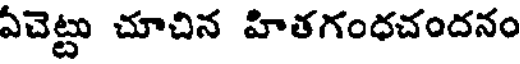
ఏచెట్టు చూచిన హితగంధచందనం